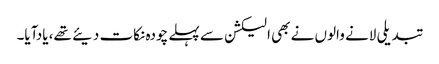
تبدیلی لانے والوں نے بھی الیکشن سے پہلے چودہ نکات دیئے تھے، یادآیا۔